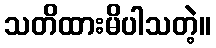
သတိထားမိပါသတဲ့။